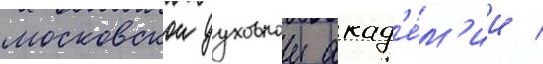
московскои духовнои акад'е́м'ии /